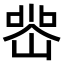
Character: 𭖲